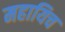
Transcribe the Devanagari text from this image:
महायिच